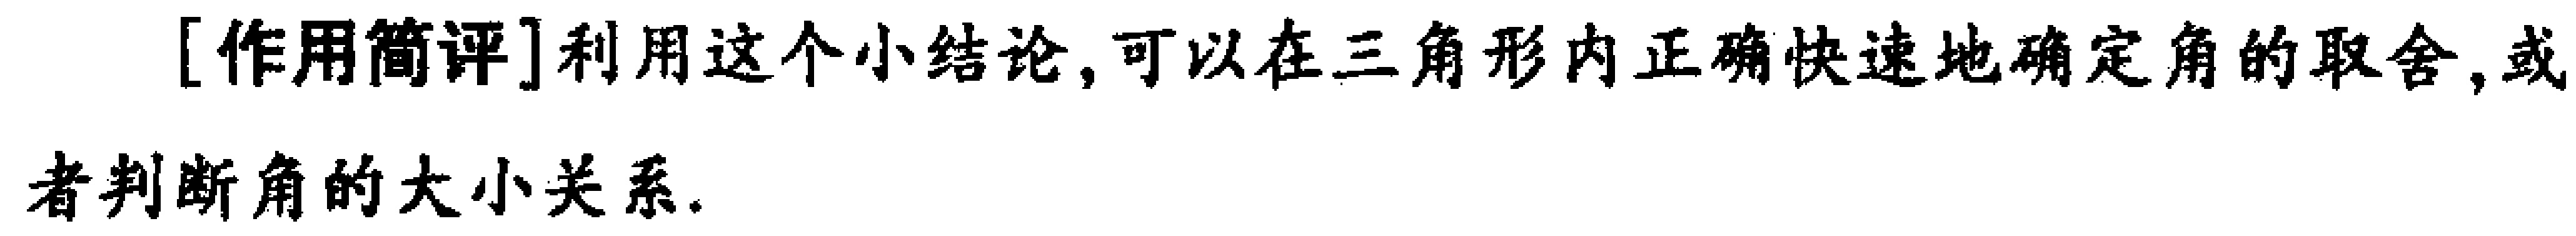
[作用简评]利用这个小结论,可以在三角形内正确快速地确定角的取舍,或者判断角的大小关系.